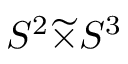
S ^ { 2 } { \widetilde { \times } } S ^ { 3 }